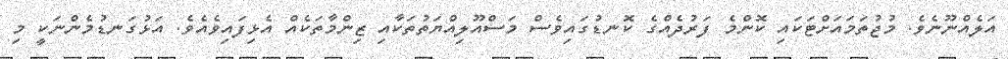
އަލެއްނޫނެވެ. މުޖުތަމައަށްޓަކައި ކޮންމެ ފަރުދެއްގެ ކޮނޑުގައިވެސް މަސްއޫލިއްޔަތުތަކާއި ޒިންމާތަކެއް އެޅިފައިވެއެވެ. އަޅުގަނޑުމެންނަކީ މި